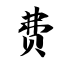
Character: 费